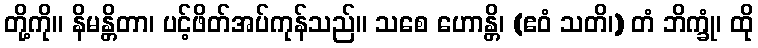
တို့ကို။ နိမန္တိတာ၊ ပင့်ဖိတ်အပ်ကုန်သည်။ သစေ ဟောန္တိ၊ (ဧဝံ သတိ၊) တံ ဘိက္ခုံ၊ ထို